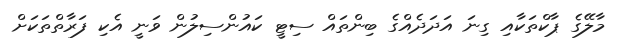
މާލޭގެ ޕާކްތަކާއި ގިނަ އަދަދެއްގެ ބިންތައް ސިޓީ ކައުންސިލުން ވަނީ އެކި ފަރާތްތަކަށް